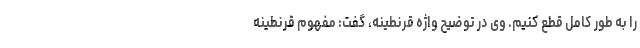
را به طور کامل قطع کنیم. وی در توضیح واژه قرنطینه، گفت: مفهوم قرنطینه